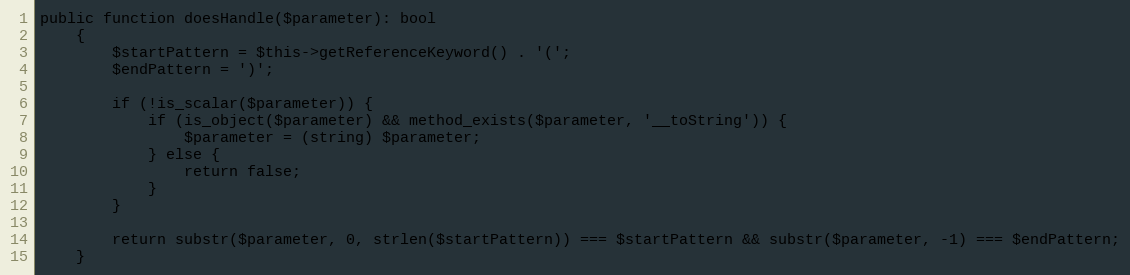
Language: PHP
public function doesHandle($parameter): bool
    {
        $startPattern = $this->getReferenceKeyword() . '(';
        $endPattern = ')';

        if (!is_scalar($parameter)) {
            if (is_object($parameter) && method_exists($parameter, '__toString')) {
                $parameter = (string) $parameter;
            } else {
                return false;
            }
        }

        return substr($parameter, 0, strlen($startPattern)) === $startPattern && substr($parameter, -1) === $endPattern;
    }